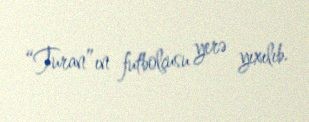
“Turan”ın futbolçusu yerə yıxılıb.